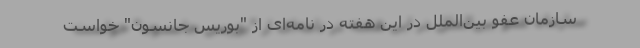
سازمان عفو بین‌الملل در این هفته در نامه‌ای از "بوریس جانسون" خواست